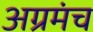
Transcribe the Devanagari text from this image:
अग्रमंच